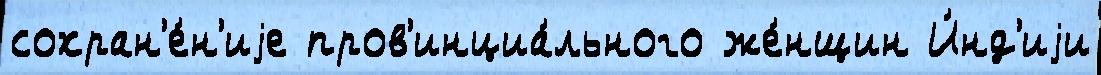
сохран'е́н'иjе пров'инциа́льного же́нщин И́нд'иjи